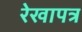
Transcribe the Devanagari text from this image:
रेखापत्र